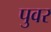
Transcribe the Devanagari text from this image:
पुवर